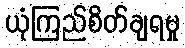
ယုံကြည်စိတ်ချရမှု